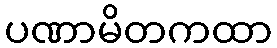
ပဏာမိတကထာ